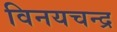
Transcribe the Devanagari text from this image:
विनयचन्द्र